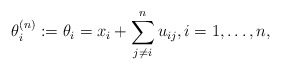
\begin{gather*} \theta_{i}^{(n)}:=\theta_i = x_i + \sum_{j \not= i}^{n} u_{ij}, i=1,\ldots,n, \end{gather*}